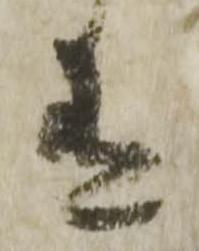
有